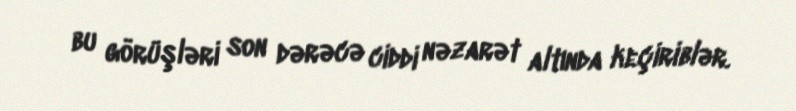
bu görüşləri son dərəcə ciddi nəzarət altında keçiriblər.